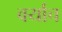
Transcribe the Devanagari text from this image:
वर्याच